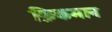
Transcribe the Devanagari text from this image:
फ़िकमान